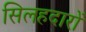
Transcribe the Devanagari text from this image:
सिलहदारों